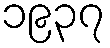
၁၉၃၇